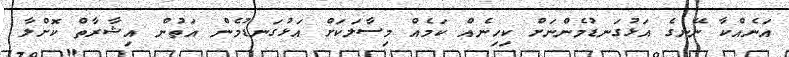
އަނެއްކާ ނޭނގެ އަޅުގަނޑުމެންނަށް ކިހިނެއް ކަމެއް މިސާލަކަށް އަޅުގަނޑުމެން އަތުން އިޝާރާތް ކޮށްލާ